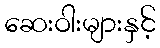
ဆေးဝါးများနှင့်